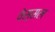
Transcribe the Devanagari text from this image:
वेस्सल